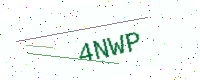
Text: 4NWP